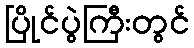
ပြိုင်ပွဲကြီးတွင်